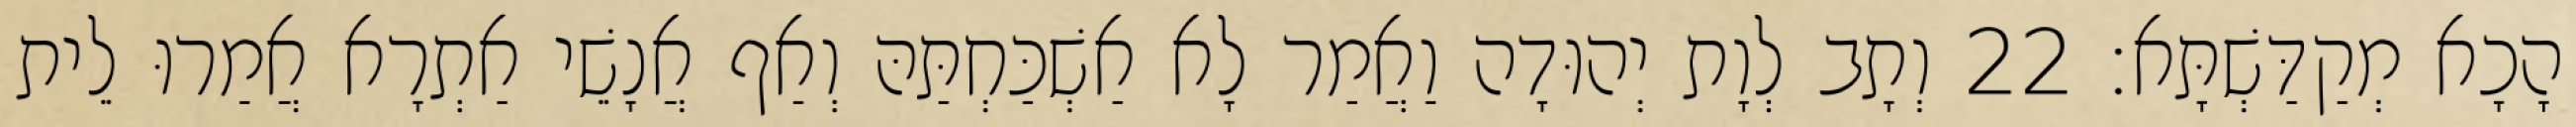
הָכָא מְקַדַּשְׁתָּא׃ 22 וְתָב לְוָת יְהוּדָה וַאֲמַר לָא אַשְׁכַּחְתַּהּ וְאַף אֲנָשֵׁי אַתְרָא אֲמַרוּ לֵית